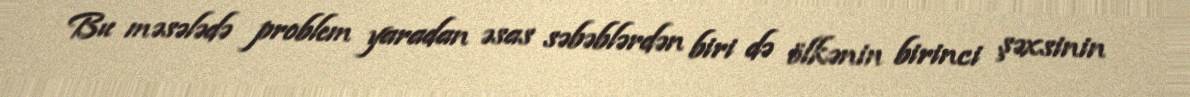
Bu məsələdə problem yaradan əsas səbəblərdən biri də ölkənin birinci şəxsinin